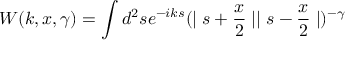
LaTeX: W ( k , x , \gamma ) = \int d ^ { 2 } s e ^ { - i k s } ( \mid s + \frac { x } 2 \mid \mid s - \frac { x } 2 \mid ) ^ { - \gamma }